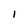
Character: I